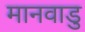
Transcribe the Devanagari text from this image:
मानवाडु